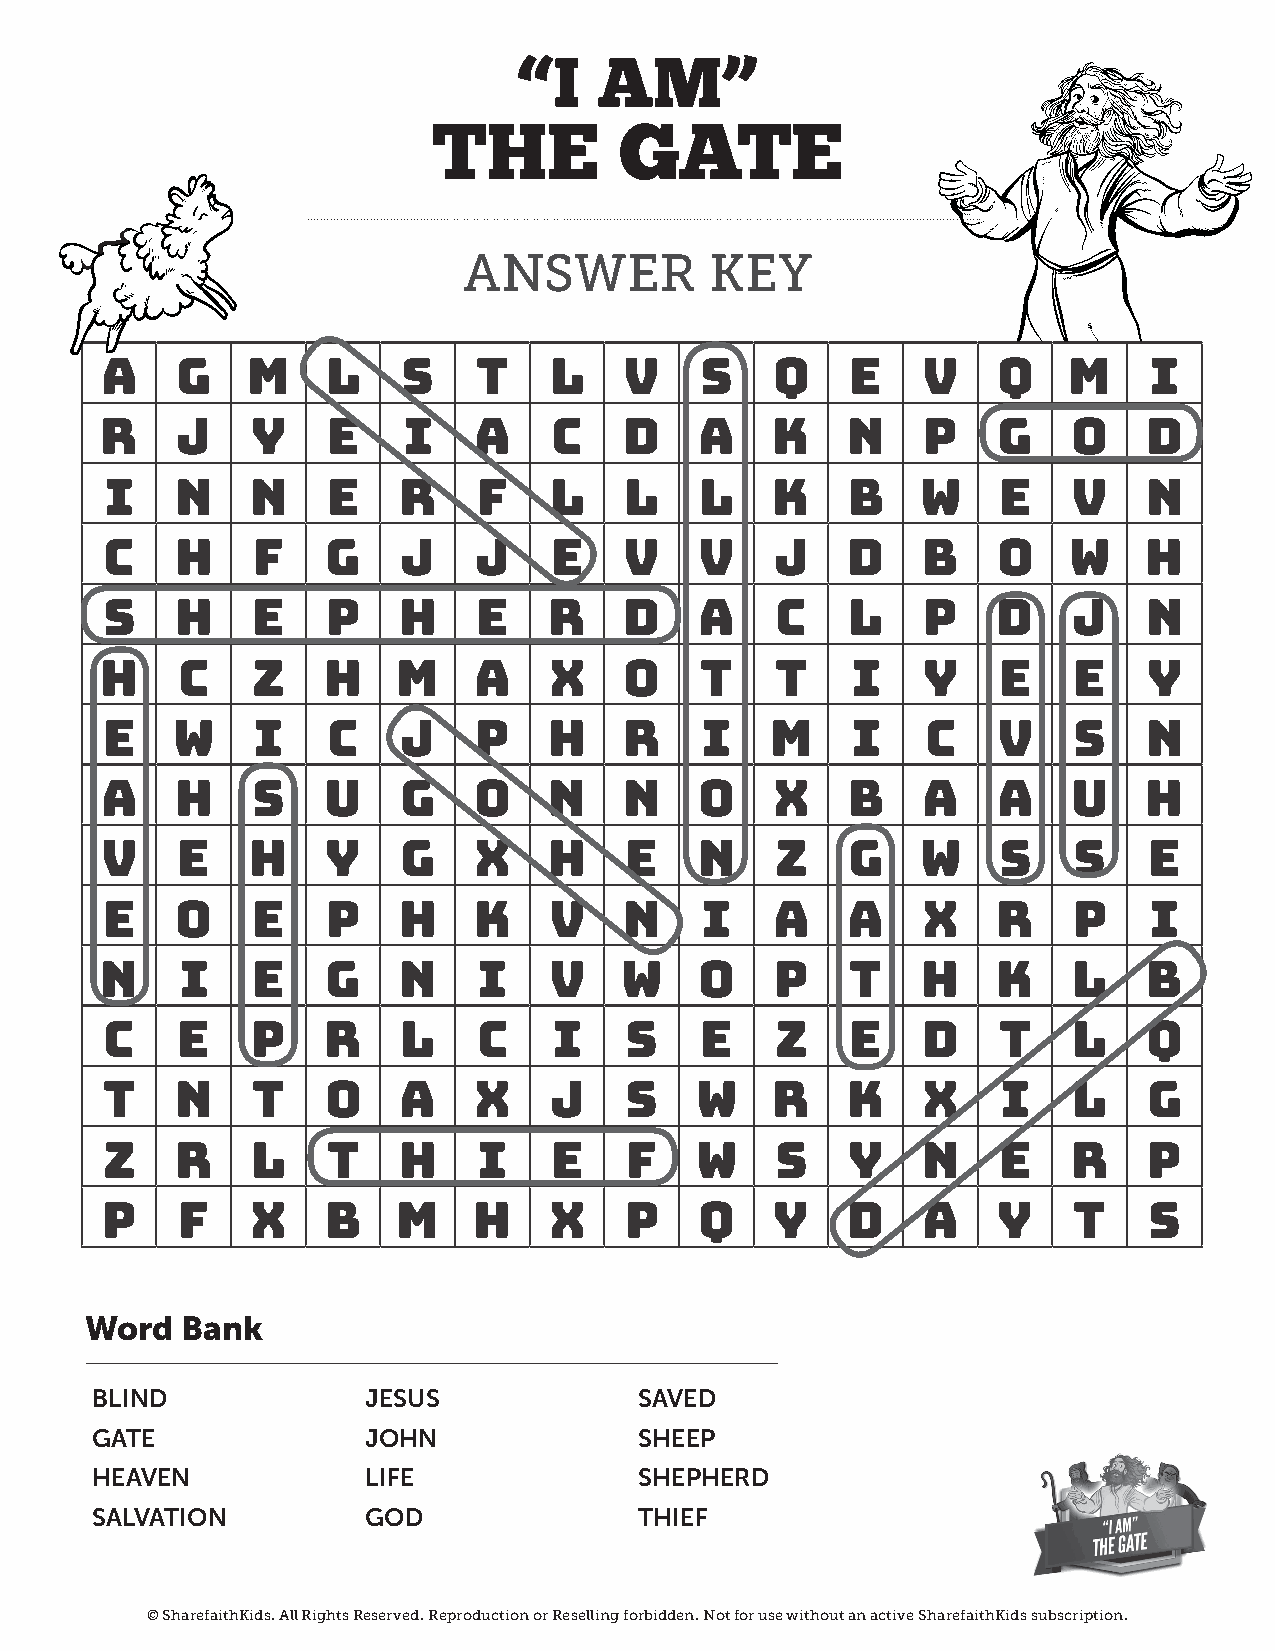
“I    AM”
 THE         GATE
 ANSWER          KEY
 A    G   M     L    s    T   L    V    S    Q    E    V    Q    M    I
 R    J    Y    E    i   a     C   D    a    K    N    P    G    O    D
 I    N    N    E   R     f   l    L    l    K    B    w    E    V    N
 C    H    F    G    J   J    e    v    v    J    D    b    O    W    H
 s    h    e    p   h     e   r    d    A    C    l    P    D    J    N
 h    C    Z   H    M    A    X    O    t    t    I    Y    E    E    Y
 e   W     I    C    j   P    H    R    i    M    i    C    V    S    N
 a    H    s   U    G    o    N    n    o    X    B    A    A    U    H
 v    E    h    Y   G    x    h    E    n    z    g    w    S    S    E
 e    O    e    P   H    K    v    n    I    a    a    X    R    P    I
 n    I    E    G   N     I   V    w    O    P    t    H    K    L    b
 C    E    p   R     L    C    I   S    E    Z    e    D    T    l    Q
 T    N    T   O    A    X    J    S    W    R    K    X    i    L    G
 Z    R    L    t   h     i   e    f    W    S    Y    n    E    R    P
 P    F    X    B   M    H    X    P    Q    Y    d    A    Y    T    S
 Word  Bank
 BLIND             JESUS             SAVED
 GATE              JOHN              SHEEP
 HEAVEN            LIFE              SHEPHERD
 SALVATION         GOD               THIEF
 © SharefaithKids. All Rights Reserved. Reproduction or Reselling forbidden. Not for use without an active SharefaithKids subscription.